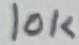
Text: 10K